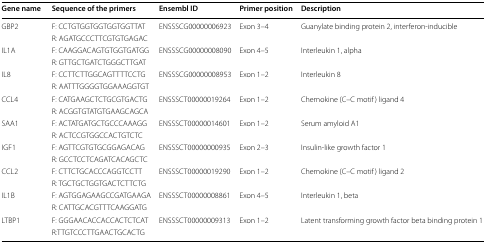
<table><thead><tr><td><b>Gene name</b></td><td><b>Sequence of the primers</b></td><td><b>Ensembl ID</b></td><td><b>Primer position</b></td><td><b>Description</b></td></tr></thead><tbody><tr><td rowspan="2">GBP2</td><td>F: CCTGTGGTGGTGGTGGTTAT</td><td rowspan="2">ENSSSCG00000006923</td><td rowspan="2">Exon 3–4</td><td rowspan="2">Guanylate binding protein 2, interferon-inducible</td></tr><tr><td>R: AGATGCCCTTCGTGTGAGAC</td></tr><tr><td rowspan="2">IL1A</td><td>F: CAAGGACAGTGTGGTGATGG</td><td rowspan="2">ENSSSCG00000008090</td><td rowspan="2">Exon 4–5</td><td rowspan="2">Interleukin 1, alpha</td></tr><tr><td>R: GTTGCTGATCTGGGCTTGAT</td></tr><tr><td rowspan="2">IL8</td><td>F: CCTTCTTGGCAGTTTTCCTG</td><td rowspan="2">ENSSSCG00000008953</td><td rowspan="2">Exon 1–2</td><td rowspan="2">Interleukin 8</td></tr><tr><td>R: AATTTGGGGTGGAAAGGTGT</td></tr><tr><td rowspan="2">CCL4</td><td>F: CATGAAGCTCTGCGTGACTG</td><td rowspan="2">ENSSSCT00000019264</td><td rowspan="2">Exon 1–2</td><td rowspan="2">Chemokine (C–C motif) ligand 4</td></tr><tr><td>R: ACGGTGTATGTGAAGCAGCA</td></tr><tr><td rowspan="2">SAA1</td><td>F: ACTATGATGCTGCCCAAAGG</td><td rowspan="2">ENSSSCT00000014601</td><td rowspan="2">Exon 1–2</td><td rowspan="2">Serum amyloid A1</td></tr><tr><td>R: ACTCCGTGGCCACTGTCTC</td></tr><tr><td rowspan="2">IGF1</td><td>F: AGTTCGTGTGCGGAGACAG</td><td rowspan="2">ENSSSCT00000000935</td><td rowspan="2">Exon 2–3</td><td rowspan="2">Insulin-like growth factor 1</td></tr><tr><td>R: GCCTCCTCAGATCACAGCTC</td></tr><tr><td rowspan="2">CCL2</td><td>F: CTTCTGCACCCAGGTCCTT</td><td rowspan="2">ENSSSCT00000019290</td><td rowspan="2">Exon 1–2</td><td rowspan="2">Chemokine (C–C motif) ligand 2</td></tr><tr><td>R: TGCTGCTGGTGACTCTTCTG</td></tr><tr><td rowspan="2">IL1B</td><td>F: AGTGGAGAAGCCGATGAAGA</td><td rowspan="2">ENSSSCT00000008861</td><td rowspan="2">Exon 4–5</td><td rowspan="2">Interleukin 1, beta</td></tr><tr><td>R: CATTGCACGTTTCAAGGATG</td></tr><tr><td rowspan="2">LTBP1</td><td>F: GGGAACACCACCACTCTCAT</td><td rowspan="2">ENSSSCT00000009313</td><td rowspan="2">Exon 1–2</td><td rowspan="2">Latent transforming growth factor beta binding protein 1</td></tr><tr><td>R:TTGTCCCTTGAACTGCACTG</td></tr></tbody></table>